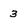
Character: 3